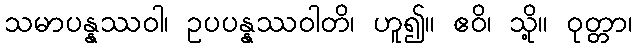
သမာပန္နဿဝါ၊ ဥပပန္နဿဝါတိ၊ ဟူ၍။ ဧဝိ၊ သို့။ ဝုတ္တာ၊